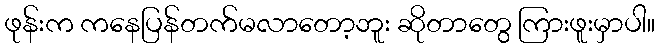
ဖုန်းက ကနေပြန်တက်မလာတော့ဘူး ဆိုတာတွေ ကြားဖူးမှာပါ။